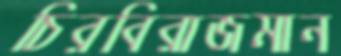
চিরবিরাজমান